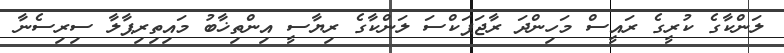
ލަންކާގެ ކުރީގެ ރައީސް މަހިންދަ ރާޖަޕަކްސަ ލަންކާގެ ރިޔާސީ އިންތިޚާބު މައިތިރިޕާލާ ސިރިސެނާ